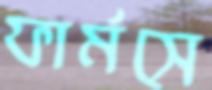
ফার্মসে